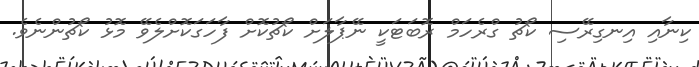
ކިނާއި އިނގިރޭސި ކޯޗު ގްރެހަމް ރޮބަޓަކީ ނޭޕާލަށް ކޯޗުކޮށް ފާހަގަކޮށްލެވޭ މޮޅު ކޯޗުންނެވެ.